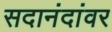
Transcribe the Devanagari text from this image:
सदानंदांवर